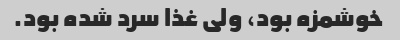
خوشمزه بود، ولی غذا سرد شده بود.